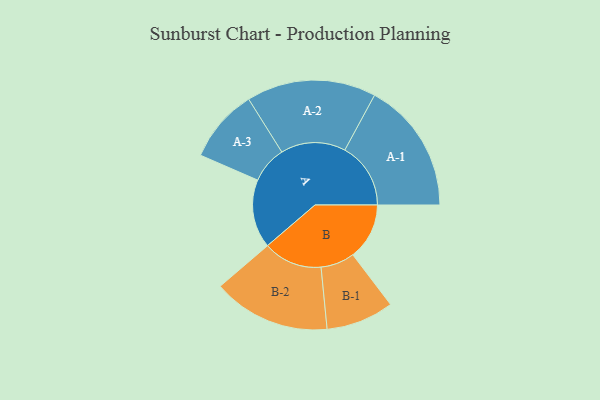
{"axis": {"x": "Segment", "y": "Value"}, "legend": ["", "A", "B"], "data": [{"x": "A", "y": 255, "type": ""}, {"x": "B", "y": 210, "type": ""}, {"x": "A-1", "y": 245, "type": "A"}, {"x": "A-2", "y": 241, "type": "A"}, {"x": "A-3", "y": 137, "type": "A"}, {"x": "B-1", "y": 126, "type": "B"}, {"x": "B-2", "y": 219, "type": "B"}]}